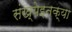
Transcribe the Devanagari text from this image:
संख्येइतक्या